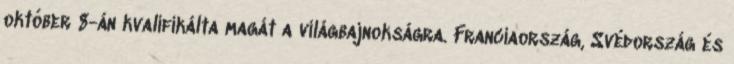
október 8-án kvalifikálta magát a világbajnokságra. Franciaország, Svédország és